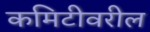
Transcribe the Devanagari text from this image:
कमिटीवरील